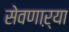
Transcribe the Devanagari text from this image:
सेवणाऱ्या